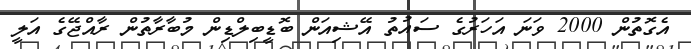
އެގޮތުން 2000 ވަނަ އަހަރުގެ ސައުތު އޭޝިއަން ބޮޑީބިލްޑިން މުބާރާތުން ރާއްޖޭގެ އަލީ